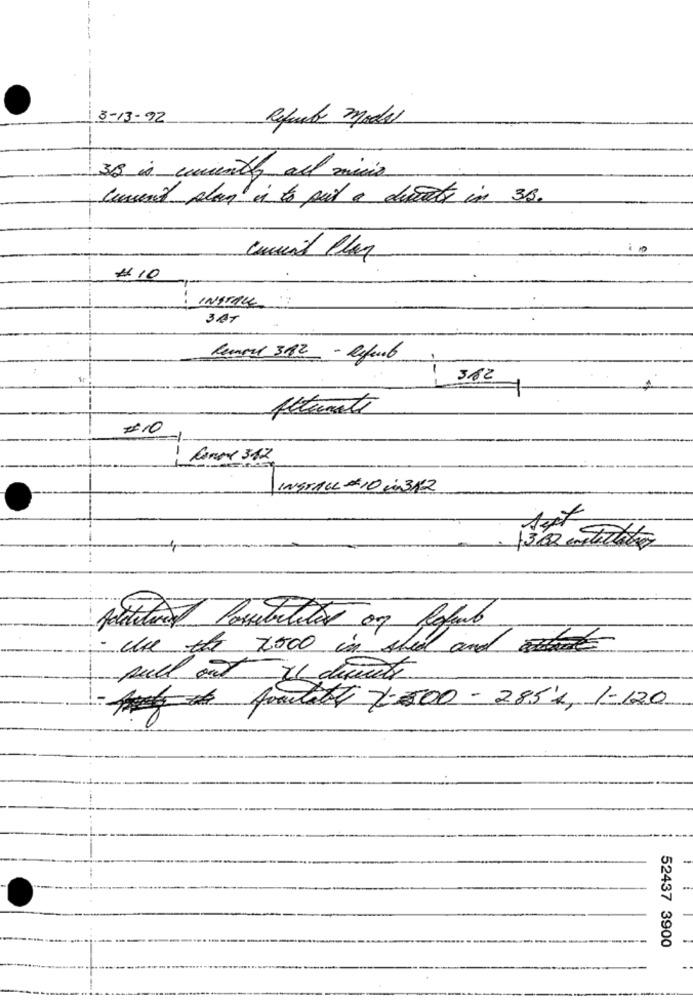
3-13-92
Refund model
32 is cuienty all mico
current plan is to put a divat in 3B.
# 10
INSTALL
3AT
Kemal 312 - Refurb
382
Attunate
#10
Conor 312
INSTALL #100312
1362 entertain
fattura Possibilitar og Refurb
- une the 2000 in shed and com
pull and it direct
A poslatt 4.500 - 2854, 1-120
52437 3900